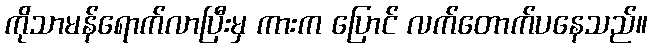
ကိုသာမန်ရောက်လာပြီးမှ ကားက ပြောင် လက်တောက်ပနေသည်။